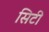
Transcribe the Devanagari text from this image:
सिटी